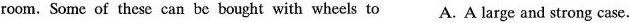
room.Some of these can be bought with wheels to A. A large and strong case.